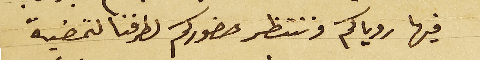
فيها روياكم وننتظر حضوركم لطرفنا لتمضية